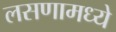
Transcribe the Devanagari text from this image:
लसणामध्ये